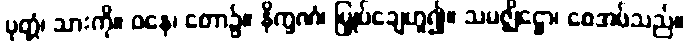
ပုတ္တံ၊ သားကို။ ဝနေ၊ တော၌။ နိက္ခဏံ၊ မြှုပ်ချေဟူ၍။ သမဇ္ဈိဋ္ဌော၊ စေအပ်သည်။